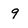
Character: 9